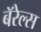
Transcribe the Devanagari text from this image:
बॅरेल्स